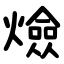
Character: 㷿